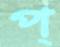
প্